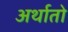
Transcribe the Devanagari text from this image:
अर्थातो